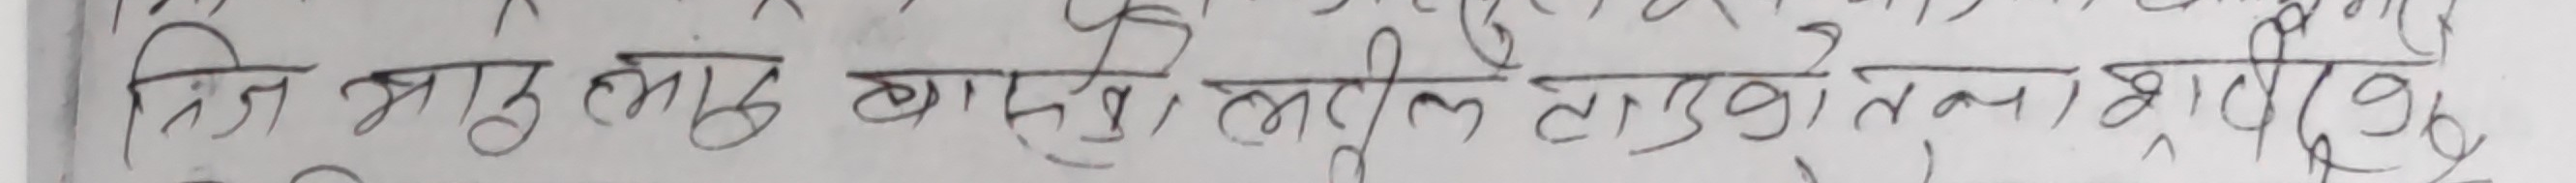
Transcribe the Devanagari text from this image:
हिज आफुलाई बास्ना, मीठो लाग्छ, उनको तलको